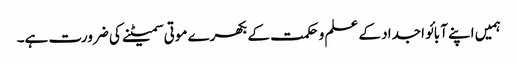
ہمیں اپنے آبائو اجداد کے علم و حکمت کے بکھرے موتی سمیٹنے کی ضرورت ہے۔